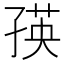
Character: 𭓐